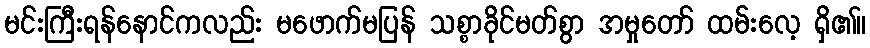
မင်းကြီးရန်နောင်ကလည်း မဖောက်မပြန် သစ္စာခိုင်မတ်စွာ အမှုတော် ထမ်းလေ့ ရှိ၏။